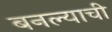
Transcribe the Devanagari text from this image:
बनल्याची